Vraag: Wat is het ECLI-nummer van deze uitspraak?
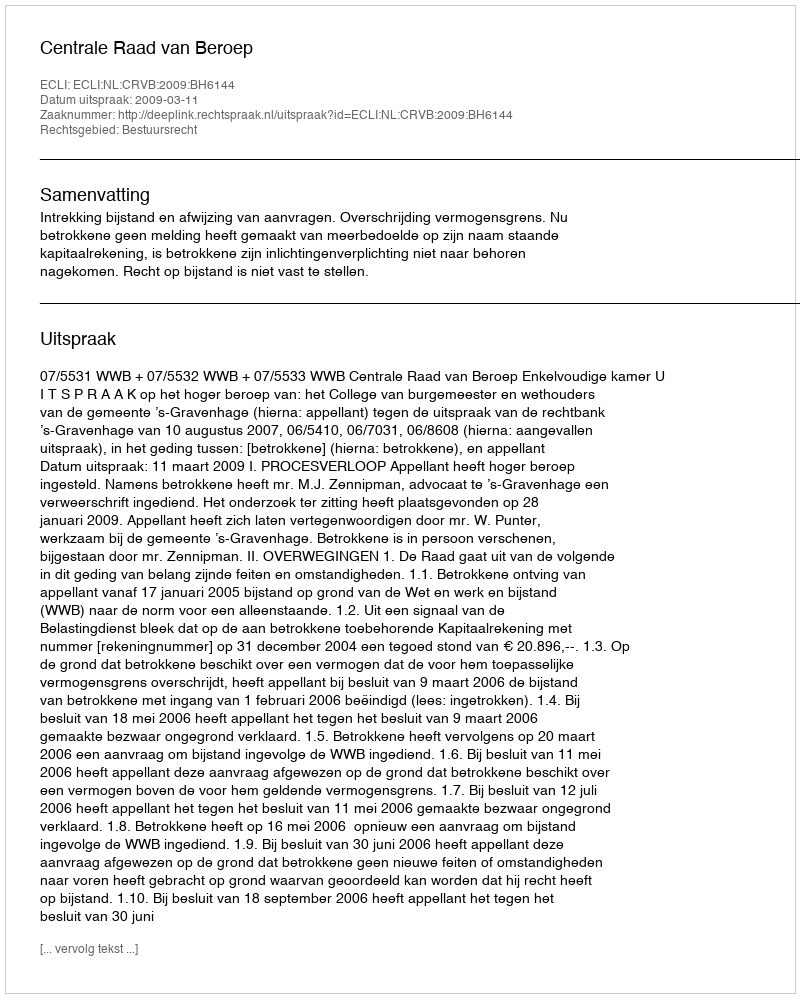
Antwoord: ECLI:NL:CRVB:2009:BH6144